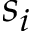
s _ { i }